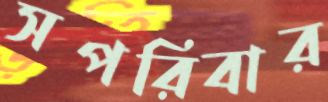
সপরিবার